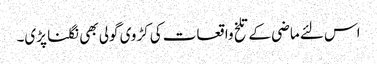
اس لئے ماضی کے تلخ واقعات کی کڑوی گولی بھی نگلنا پڑی۔